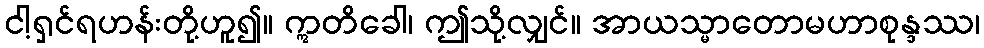
ငါ့ရှင်ရဟန်းတို့ဟူ၍။ ဣတိခေါ၊ ဤသို့လျှင်။ အာယသ္မာတောမဟာစုန္ဒဿ၊